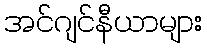
အင်ဂျင်နီယာများ